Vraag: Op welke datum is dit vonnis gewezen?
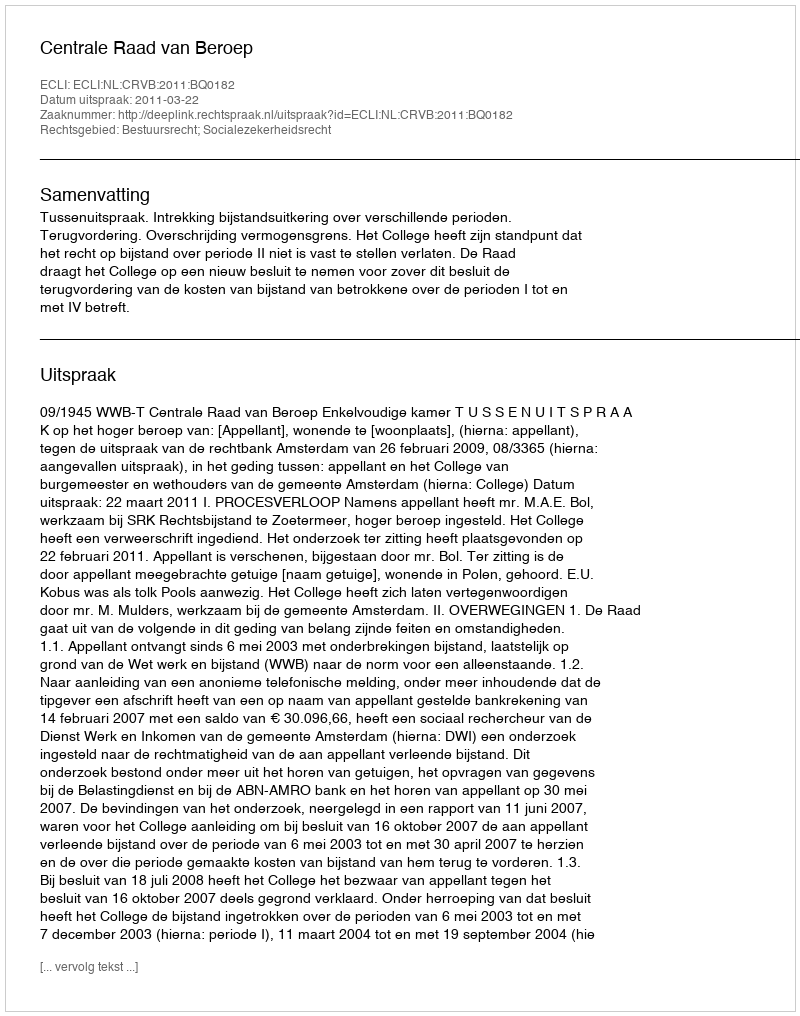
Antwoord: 2011-03-22